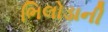
ભિલોડાની